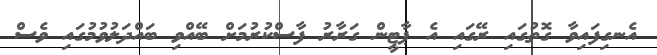
އެނގިފައިވާ ގޮތުގައި ރޭގައި އެ ޕާޓީން ގަރާރު ފާސްކުރުމަށް ބޭއްވި ބައްދަލުވުމުގައި ވެސް